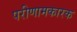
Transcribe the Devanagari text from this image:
परीणामकारक